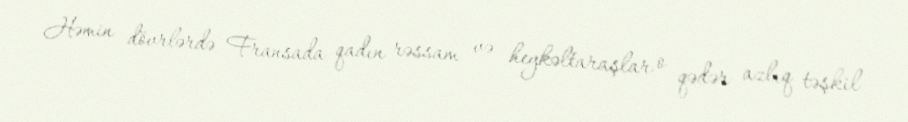
Həmin dövrlərdə Fransada qadın rəssam və heykəltaraşlar o qədər azlıq təşkil